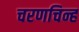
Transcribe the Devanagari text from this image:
चरणचिन्ह